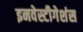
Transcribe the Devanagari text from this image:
इनवेस्टीगेशंस